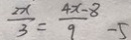
\frac { 2 x } { 3 } = \frac { 4 x - 8 } { 9 } - 5